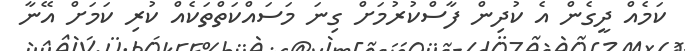
ކަމެއް ދީގެން އެ ކުދިން ފާސްކުރުމަށް ގިނަ މަސައްކަތްތަކެއް ކުރި ކަމަށް އޭނާ